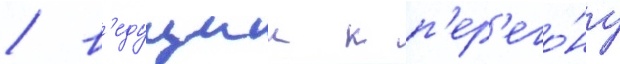
/ в'едущии к п'ер'его́ну